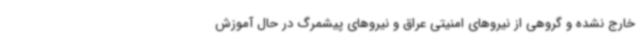
خارج نشده و گروهی از نیروهای امنیتی عراق و نیروهای پیشمرگ در حال آموزش